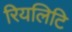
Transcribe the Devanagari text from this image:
रियलिटि